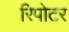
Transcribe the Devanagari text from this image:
रिपोटर